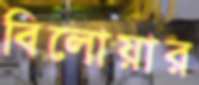
বিলোয়ার